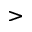
>